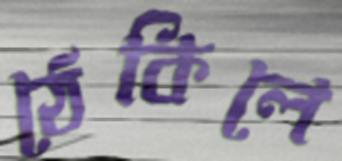
ঠেকিলে